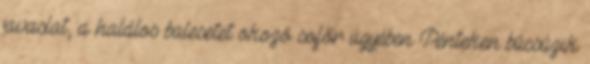
javaslat, a halálos balesetet okozó sofőr ügyében Pénteken búcsúzik